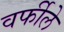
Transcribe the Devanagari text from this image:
वर्फीले